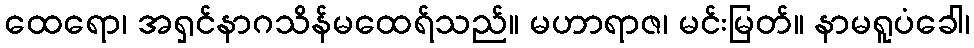
ထေရော၊ အရှင်နာဂသိန်မထေရ်သည်။ မဟာရာဇ၊ မင်းမြတ်။ နာမရူပံခေါ၊